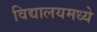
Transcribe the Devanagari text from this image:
विद्यालयमध्ये